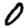
Digit: 0